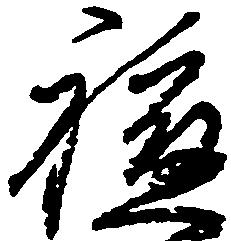
軈